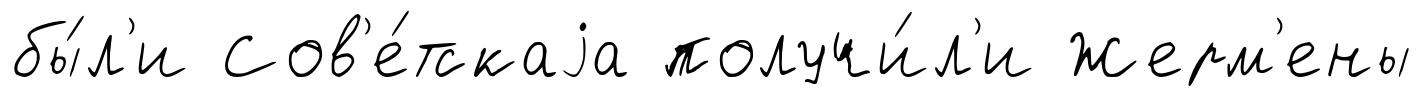
бы́л'и Сов'е́тскаjа получи́л'и Жерм'ены